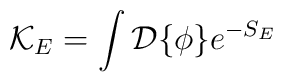
{\cal K}_E = \int{\cal D}\{\phi\} e^{-S_E}